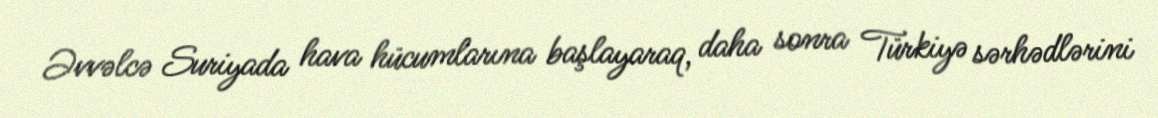
Əvvəlcə Suriyada hava hücumlarına başlayaraq, daha sonra Türkiyə sərhədlərini